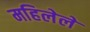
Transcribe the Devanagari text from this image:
महिलेले